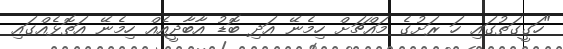
"ހަގީގަތުގައި ހަ ރަށުގެ މައްޗަށް ހިމެނޭ އަދި ބޮޑު އާބާދީއެއް ހިމެނޭ އަތޮޅެއްގައި